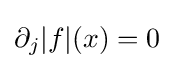
\partial _{j}|f|(x)=0